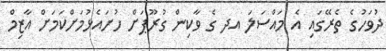
ދުވަހުގެ ތެރޭގައި އެ މައްސަލަ އދ ގެ ވާކިން ގުރޫޕަށް ހުށައެޅުމަށްކަމަށް އާޒިމް